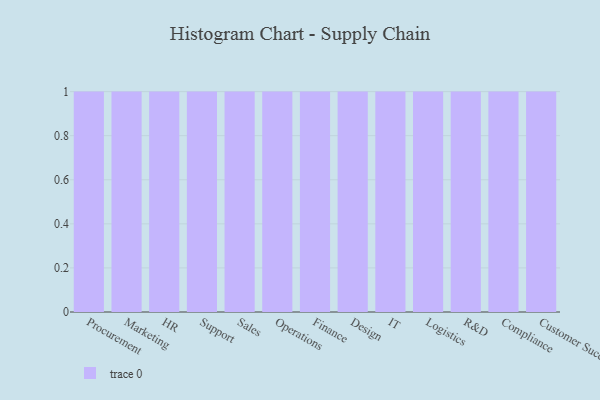
{"axis": {"x": "Department", "y": "Budget (USD K)"}, "legend": [""], "data": [{"x": "Procurement", "y": 78, "type": ""}, {"x": "Marketing", "y": 47, "type": ""}, {"x": "HR", "y": 78, "type": ""}, {"x": "Support", "y": 47, "type": ""}, {"x": "Sales", "y": 53, "type": ""}, {"x": "Operations", "y": 73, "type": ""}, {"x": "Finance", "y": 61, "type": ""}, {"x": "Design", "y": 13, "type": ""}, {"x": "IT", "y": 75, "type": ""}, {"x": "Logistics", "y": 97, "type": ""}, {"x": "R&D", "y": 49, "type": ""}, {"x": "Compliance", "y": 25, "type": ""}, {"x": "Customer Success", "y": 30, "type": ""}]}